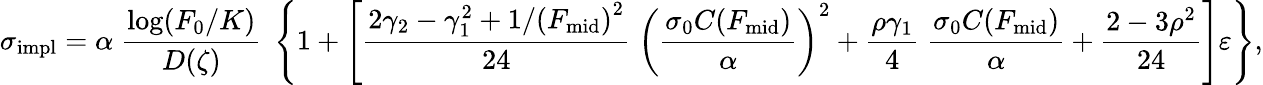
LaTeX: \sigma_{\mathrm{impl}}=\alpha\; {\frac{\log(F_{0}/K)}{D(\zeta)}}\; \left\{ 1+\left[{\frac{2\gamma_{2}-\gamma_{1}^{2}+1/\left(F_{\mathrm{mid}}\right)^{2}}{24}}\; \left({\frac{\sigma_{0}C(F_{\mathrm{mid}})}{\alpha}}\right)^{2}+{\frac{\rho\gamma_{1}}{4}}\; {\frac{\sigma_{0}C(F_{\mathrm{mid}})}{\alpha}}+{\frac{2-3\rho^{2}}{24}}\right]\varepsilon\right\} ,